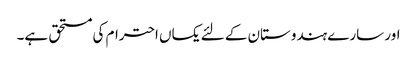
اور سارے ہندوستان کے لئے یکساں احترام کی مستحق ہے۔